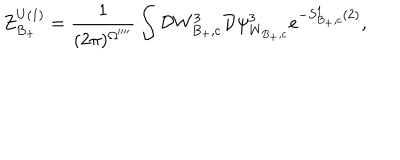
Z _ { B _ { + } } ^ { U ( 1 ) } = \frac { 1 } { ( 2 \pi ) ^ { \Omega ^ { \prime \prime \prime \prime } } } \int { \cal D } W _ { B _ { + } , c } ^ { 3 } { \cal D } \psi _ { W _ { B _ { + } , c } } ^ { 3 } e ^ { - S _ { B _ { + } , c } ^ { 1 } ( 2 ) } ,